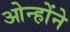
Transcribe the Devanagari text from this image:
ओन्होंने